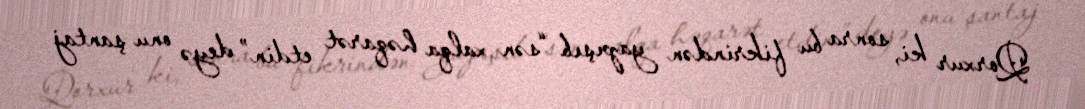
Qorxur ki, sonra bu fikrindən yapışıb “sən xalqa həqarət etdin” deyə onu şantaj